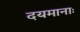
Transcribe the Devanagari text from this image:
दयमानाः